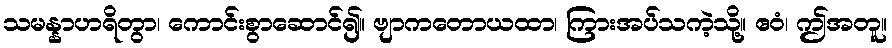
သမန္နာဟရိတွာ၊ ကောင်းစွာဆောင်၍။ ဗျာကတောယထာ၊ ကြားအပ်သကဲ့သို့။ ဧဝံ၊ ဤအတူ။